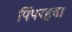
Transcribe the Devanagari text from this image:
पिंपरहवा